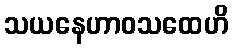
သယနေဟာဝသထေဟိ